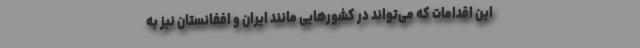
این اقدامات که می‌تواند در کشورهایی مانند ایران و افغانستان نیز به